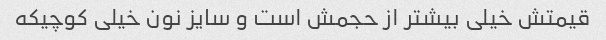
قیمتش خیلی بیشتر از حجمش است و سایز نون خیلی کوچیکه